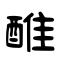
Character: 醀